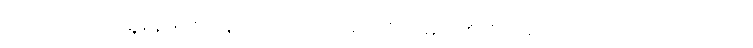
ထိုသို့သောတွေ့ရှိမှုများအနက် သက်ဆိုင်ရာ ဂြိုဟ်များ၏ ဂြိုဟ်ရံလများလည်း အပါအဝင်